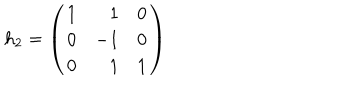
h _ { 2 } = \left( \begin{array} { r r r } { { 1 } } & { { 1 } } & { { 0 } } \\ { { 0 } } & { { - 1 } } & { { 0 } } \\ { { 0 } } & { { 1 } } & { { 1 } } \\ \end{array} \right)